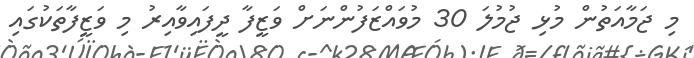
މި ޖަމާއަތުން މުޅި ޖުމުލަ 30 މުވައްޒަފުންނަށް ވަޒީފާ ދީފައިވާއިރު މި ވަޒީފާތަކުގައި